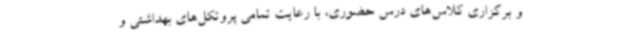
و برگزاری کلاس‌های درس حضوری، با رعایت تمامی پروتکل‌های بهداشتی و